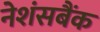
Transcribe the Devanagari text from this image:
नेशंसबैंक